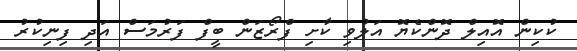
ކުކިން އޮއިލް ދޮންކެޔޮ އަލުވި ކާށި ފްރޯޒަން ބީފް ފަރުމަސް އަދި ފިނިކުރު